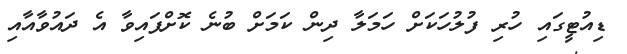
ޑިއުޓީގައި ހުރި ފުލުހަކަށް ހަމަލާ ދިން ކަމަށް ބުނެ ކޮށްފައިވާ އެ ދައުވާއާއި